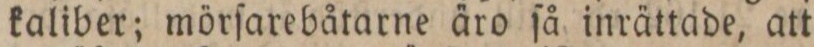
kaliber; mörſarebåtarne äro ſå inrättade, att